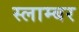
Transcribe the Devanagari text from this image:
स्लाम्बर